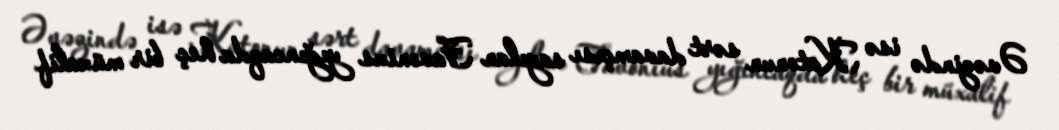
Əvəzində isə Katonun sərt davamçısı sayılan Favonius yığıncaqda heç bir müxalif